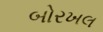
બોરખલ